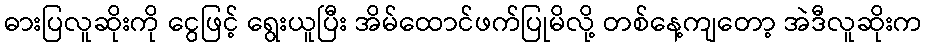
ဓားပြလူဆိုးကို ငွေဖြင့် ရွေးယူပြီး အိမ်ထောင်ဖက်ပြုမိလို့ တစ်နေ့ကျတော့ အဲဒီလူဆိုးက